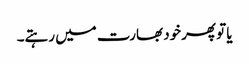
یا تو پھرخود بھارت میں رہتے۔